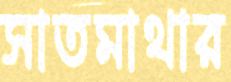
সাতমাথার